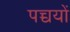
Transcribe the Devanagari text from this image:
पच्चयों